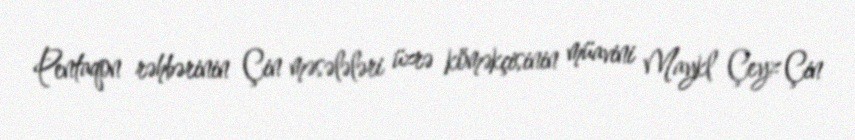
Pentaqon rəhbərinin Çin məsələləri üzrə köməkçisinin müavini Maykl Çeyz Çin